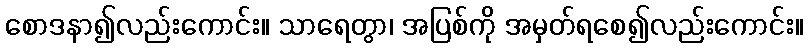
စောဒနာ၍လည်းကောင်း။ သာရေတွာ၊ အပြစ်ကို အမှတ်ရစေ၍လည်းကောင်း။